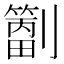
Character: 𫦝